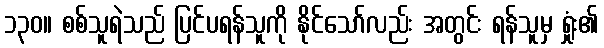
၁၃၀။ စစ်သူရဲသည် ပြင်ပရန်သူကို နိုင်သော်လည်း အတွင်း ရန်သူမှ ရှုံး၏